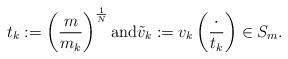
LaTeX: \begin{gather*} t_k:=\left( \frac{m}{m_k} \right)^{\frac{1}{N}} \hbox{and} \tilde{v}_k:=v_k\left( \frac{\cdot}{t_k} \right) \in S_m.\end{gather*}